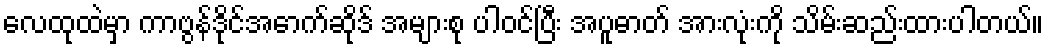
လေထုထဲမှာ ကာဗွန်ဒိုင်အောက်ဆိုဒ် အများစု ပါဝင်ပြီး အပူဓာတ် အားလုံးကို သိမ်းဆည်းထားပါတယ်။